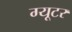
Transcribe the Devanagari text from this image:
ग्यूटर